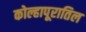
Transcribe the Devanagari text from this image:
कोल्हापूरातिल